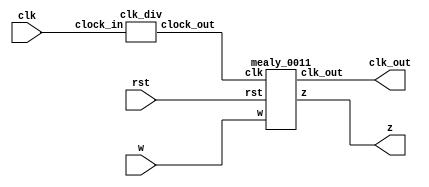
`timescale 1ns / 1ps
//////////////////////////////////////////////////////////////////////////////////
// Company: 
// Engineer: 
// 
// Design Name: 
// Module Name: top_mealy_0011
// Project Name: 
// Target Devices: 
// Tool Versions: 
// Description: 
// 
// Dependencies: 
// 
// Revision:
// Revision 0.01 - File Created
// Additional Comments:
// 
//////////////////////////////////////////////////////////////////////////////////


module top_mealy_0011(w, clk, rst, z, clk_out);
    input w, clk, rst;                           
    output z, clk_out;
    wire clock_out;
    
    clk_div cd1(clk, clock_out);                      
    mealy_0011 m1(w, clock_out, rst, z, clk_out);     
endmodule

module mealy_0011(w, clk, rst, z, clk_out);
    input w,clk,rst;                         
    output reg z;                         
    output clk_out;
    reg [1:0] present, next;              
    parameter [1:0] a = 2'b00, b = 2'b01, c = 2'b10, d = 2'b11;
    assign clk_out = clk;
    
    always@(w or present)
    case(present)
        a: if(w == 0)begin
            z = 0;
            next <= b;
           end
           else begin
            z = 0;
            next <= a;
           end
        b: if(w == 0)begin
            z = 0;
            next <= c;
           end
           else begin
            z = 0;
            next <= a;
           end
        c: if(w == 0)begin
            z = 0;
            next <= c;
           end
           else begin
            z = 0;
            next <= d;
           end
        d: if(w == 0)begin
            z = 0;
            next <= b;
           end
           else begin
            z = 1;
            next <= a;
           end
     default: next = 2'bxx;
     endcase
     
     always@(posedge clk or negedge rst)
        if(rst == 0)
            present <= a;
        else
            present <= next;
endmodule

module clk_div(clock_in,clock_out);
    input clock_in;                   
    output reg clock_out;            
    reg [27:0] counter = 28'd0;
    parameter total = 28'd100000000;   
    

    always@(posedge clock_in)begin
        counter <= counter + 28'd1;
        if(counter >= (total-1))begin
            counter <= 28'd0;
        end
        clock_out <= (counter < total/2)?1'b1:1'b0;
    end
endmodule